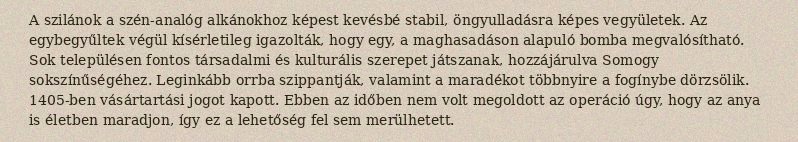
A szilánok a szén-analóg alkánokhoz képest kevésbé stabil, öngyulladásra képes vegyületek. Az egybegyűltek végül kísérletileg igazolták, hogy egy, a maghasadáson alapuló bomba megvalósítható. Sok településen fontos társadalmi és kulturális szerepet játszanak, hozzájárulva Somogy sokszínűségéhez. Leginkább orrba szippantják, valamint a maradékot többnyire a fogínybe dörzsölik. 1405-ben vásártartási jogot kapott. Ebben az időben nem volt megoldott az operáció úgy, hogy az anya is életben maradjon, így ez a lehetőség fel sem merülhetett.